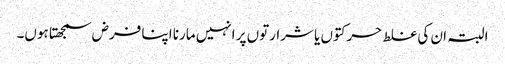
البتہ ان کی غلط حرکتوں یا شرارتوں پر انہیں مارنا اپنا فرض سمجھتا ہوں۔